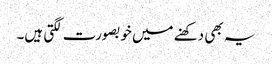
یہ بھی دکھنے میں خوبصورت لگتی ہیں۔